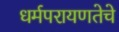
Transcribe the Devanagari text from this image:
धर्मपरायणतेचे